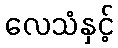
လေသံနှင့်